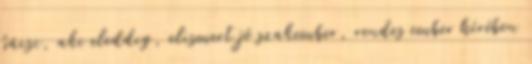
bácsi, aki eleddig, elismert jó szakember, rendes ember hírében